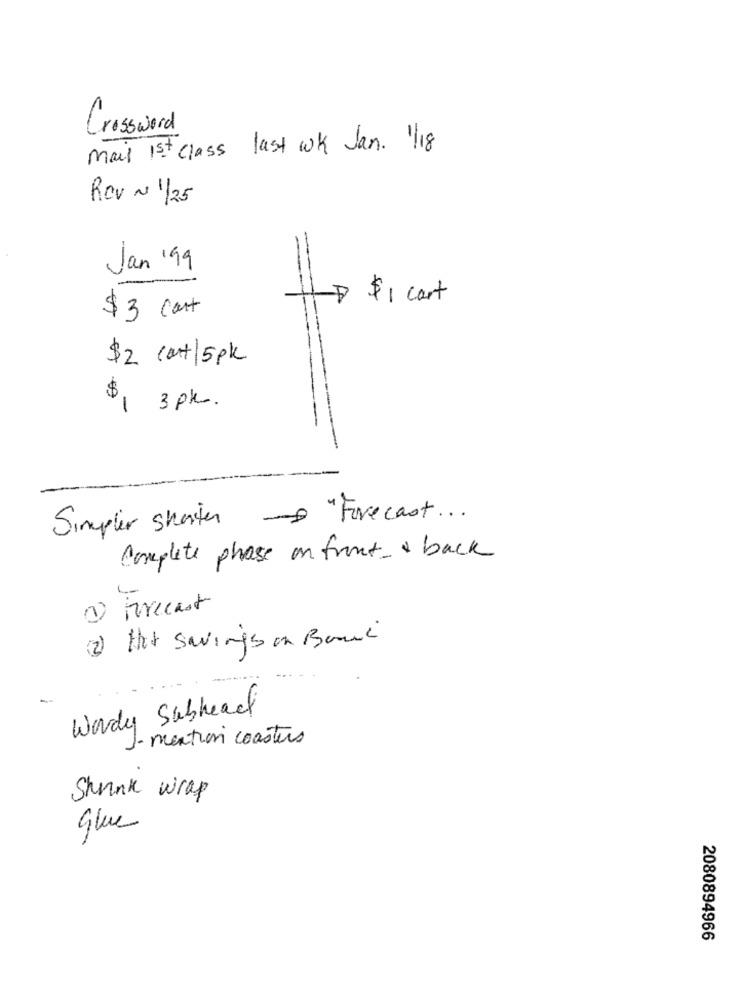
Crossword
mais 1st class last wk Jan. 1/18
Rev ~ 1/25
Jan 199
$ 1 cart
$ 3 cant
$2 cart/5pk
B1 3 pk .
Simpler shorter "Forecast ...
Complete phase on front & back
(1) Forecast
(2) that savings on Bawi
Wordy Subhead
1- mention coasters
Shrink wrap
Glue
2080894966